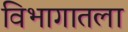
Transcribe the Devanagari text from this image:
विभागातला